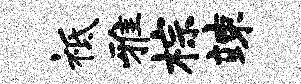
祗雅棕竦